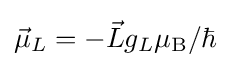
{\vec {\mu }}_{L}=-{\vec {L}}g_{L}\mu _{\rm {B}}/\hbar